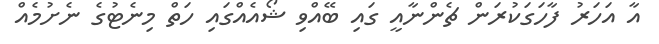
އާ އަހަރު ފާހަގަކުރަން ޗެންނާއީ ގައި ބޭއްވި ޝޯއެއްގައި ހަތް މިނެޓުގެ ނެށުމެއް